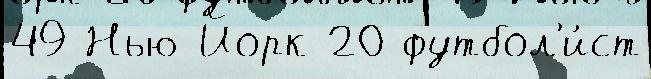
49 Нью-Йорк 20 футбол'и́ст